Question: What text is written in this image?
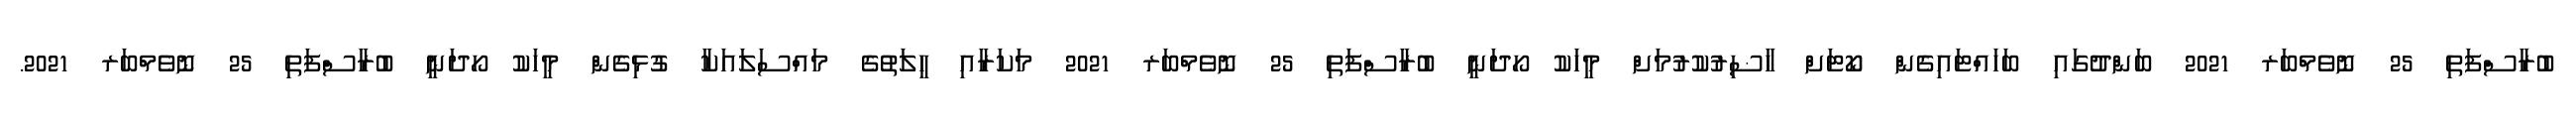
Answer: ބުރާސްފަތި 25 ނޮވެމްބަރ 2021 ބަންދުގައި ބަހައްޓައިގެން ކޯޓަށް ހާޟިރުކުރުމަށް މީހަކު ހޯދަނީ ބުރާސްފަތި 25 ނޮވެމްބަރ 2021 މަކަރާއި ހީލަތުގެ މައްސަލައަކާ ގުޅިގެން މީހަކު ހޯދަނީ ބުރާސްފަތި 25 ނޮވެމްބަރ 2021.